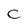
Character: c